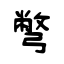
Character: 彆